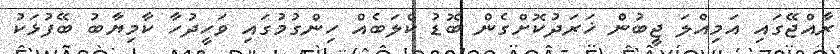
ރާއްޖޭގައި އަމިއްލަ ޖީބުން ޚަރަދުކޮށްގެން ބޮޑު ކްލަބެއް ހިންގުމުގައި ވަހީދުހާ ކާމިޔާބު ބޭފުޅަކު